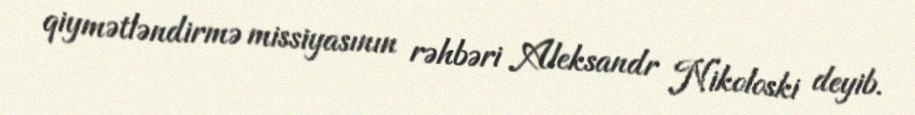
qiymətləndirmə missiyasının rəhbəri Aleksandr Nikoloski deyib.